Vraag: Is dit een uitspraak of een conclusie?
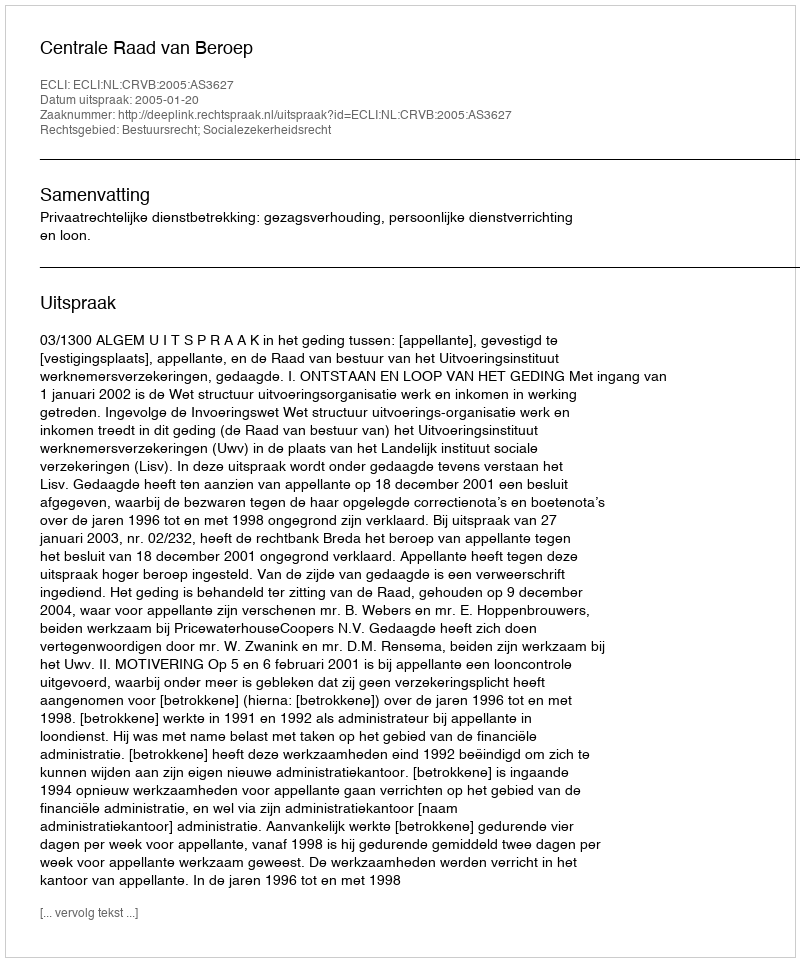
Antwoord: Uitspraak